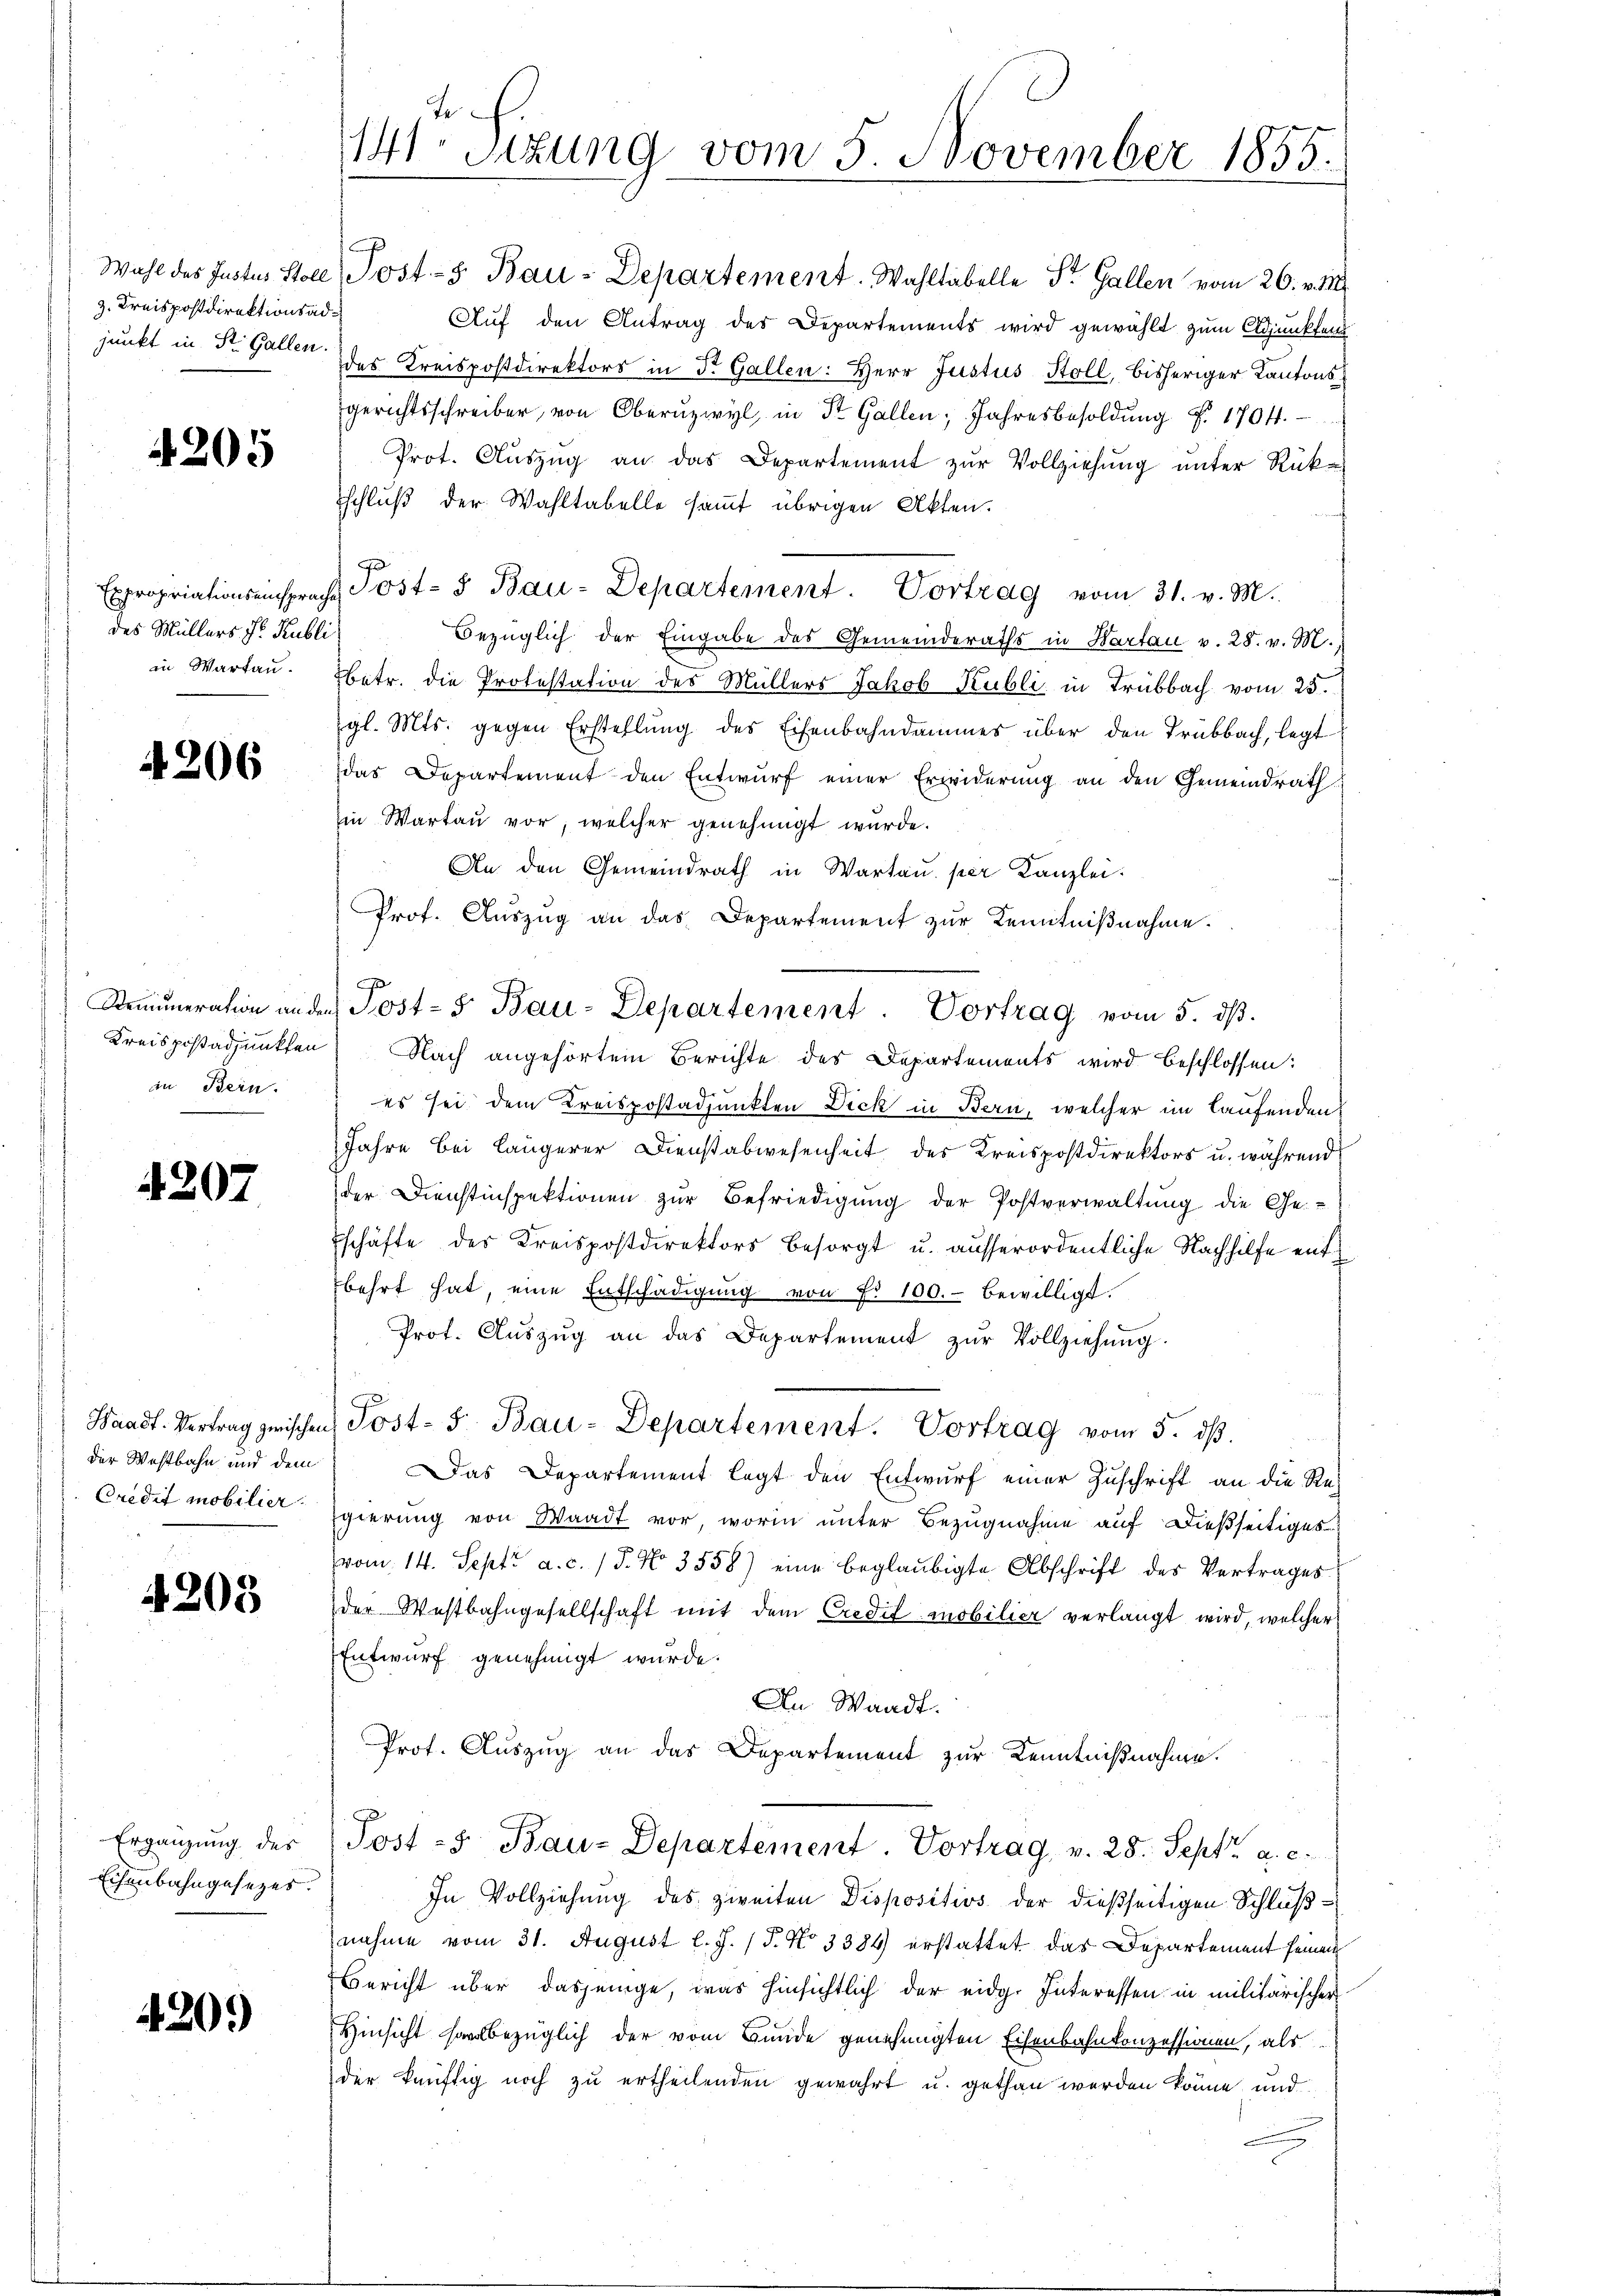
z. Kreispostdirektionsad¬

4205

des Müllers J. Rubli
in Wartau.

4206

in Bern.

4207

der Westbahn und dem
Credit mobilier.

4203

Ergänzung des
Eisenbahngesezes.

420.)

J
141. Sitzung vom 5. November 1855.

schluß der Wahltabelle samt übrigen Akten.
Expropriationseinsprache Post- & Bau-Departement. Vortrag vom 31. v. M.
Bezüglich der Eingabe des Gemeinderaths in Hartau v. 28. v. M.
betr. die Protestation des Müllers Jakob Kubli in Trubbach vom 25.
gl. Mts. gegen Erstellung des Eisenbahndammes über den Trübbach, legt
das Departement den Entwurf einer Erwiderung an den Gemeindrath
in Wartau vor, welcher genehmigt wurde.
An den Gemeindrath in Wartau per Kanzlei.
Prof. Auszug an das Departement zur Kenntnißnahme.
Remuneration ander Post- & Bau-Departement. Vortrag vom 5. dβ.
Kreispostadjunkten Nach angehörtem Berichte des Departements wird beschlossen:
es sei dem Kreispostadjunkten Dick in Bern, welcher im laufenden
Jahre bei längerer Dienstabwesenheit des Kreispostdirektors u. während
der Dienstinspektionen zur Befriedigung der Postverwaltung die Ge-
Eschäfte des Kreispostdirektors besorgt u. ausserordentliche Nachhilfe entbehrt hat, eine Entschädigung von Fr. 100.- bewilligt.
Prot. Aŭszŭg an das Departement zŭr Vollziehung.
Waadt. Vertrag zwischen Post- 5. Bau-Departement. Vortrag vom 5. dβ.
Das Departement legt den Entwurf einer Zuschrift an die Re-
gierung von Waadt vor, worin unter Bezugnahme auf dießseitiges
vom 14. Sept. a. c. / 5. No. 3558) eine beglaubigte Abschrift des Vertrages
der Westbahngesellschaft mit dem Credit mobilier verlangt wird, welcher
Entwurf genehmigt wurde.
An Waadt.
Prot. Auszug an das Departement zur Kenntnißnahme.
Post - Bau-Departement. Vortrag, v. 28. Sept. a. c.
In Vollziehung des zweiten Dispositivs der dießseitigen Schlußnahme vom 31. August l. J. (T. No 3384 erstattet das Departement seinem
Bericht über dasjenige, was hinsichtlich der eidg. Interessen in militärischer
Hinsicht sowolbezüglich der vom Bunde genehmigten Eisenbahnkonzessionen, als
der künftig noch zu ertheilenden gewahrt u. gethan werden könne und

Wahl des Justus Stoll, Post- u. Bau-Departement. Wahltabelle Sr. Gallen vom 26. v. M.
Auf den Antrag der Departements wird gewählt zum Adjunktens
junkt in St. Gallen des Kreispostdirektors in Dr. Gallen: Herr Justus Stoll, bisheriger Kantonsgerichtsschreiber, von Oberŭzwyl, in St. Gallen, Jahresbesoldŭng d. 1704.
Prot. Aŭszŭg an das Departement zŭr Vollziehŭng ŭnter Rück-